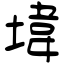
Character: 㙔